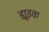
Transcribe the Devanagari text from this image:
ह्यूइक